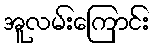
အူလမ်းကြောင်း